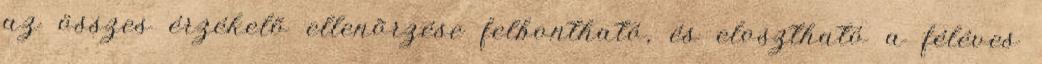
az összes érzékelõ ellenõrzése felbontható, és elosztható a féléves